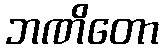
ဘဏိတော